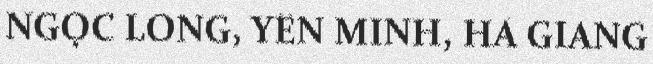
NGỌC LONG, YÊN MINH, HÀ GIANG